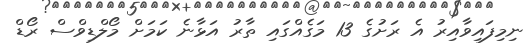
ނިމިފައިވާއިރު އެ ރަށުގެ 13 މަގެއްގައި ތާރު އަޅާނެ ކަމަށް މޯލްޑިވްސް ރޯޑް